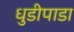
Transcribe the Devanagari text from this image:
धुडीपाडा